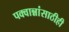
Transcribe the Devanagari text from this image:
पक्वान्नांसाठीही